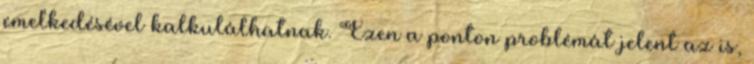
emelkedésével kalkulálhatnak. Ezen a ponton problémát jelent az is,